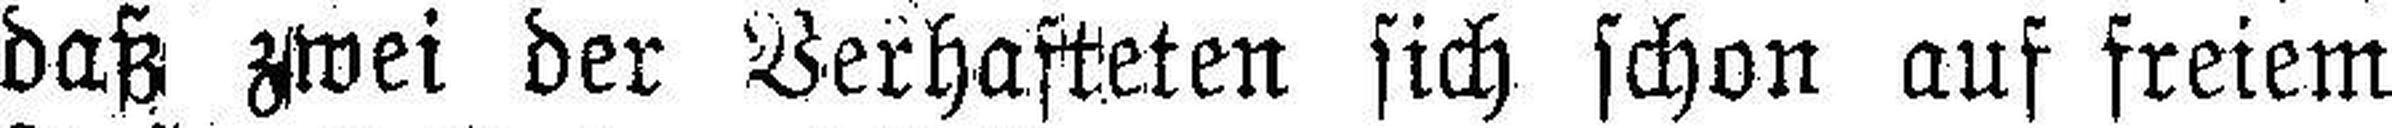
daß zwei der Verhafteten sich schon auf freiem